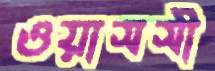
ওয়াসসী